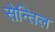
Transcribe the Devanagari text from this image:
सेन्तिल